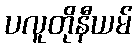
ပလူတိုနီယမ်